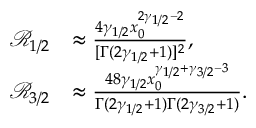
\begin{array} { r l } { { \ensuremath { \mathcal R } } _ { 1 / 2 } } & { \approx \frac { 4 \gamma _ { 1 / 2 } x _ { 0 } ^ { 2 \gamma _ { 1 / 2 } - 2 } } { [ \Gamma ( 2 \gamma _ { 1 / 2 } + 1 ) ] ^ { 2 } } , } \\ { { \ensuremath { \mathcal R } } _ { 3 / 2 } } & { \approx \frac { 4 8 \gamma _ { 1 / 2 } x _ { 0 } ^ { \gamma _ { 1 / 2 } + \gamma _ { 3 / 2 } - 3 } } { \Gamma ( 2 \gamma _ { 1 / 2 } + 1 ) \Gamma ( 2 \gamma _ { 3 / 2 } + 1 ) } . } \end{array}